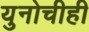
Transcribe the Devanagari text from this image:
युनोचीही